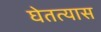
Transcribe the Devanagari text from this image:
घेतत्यास